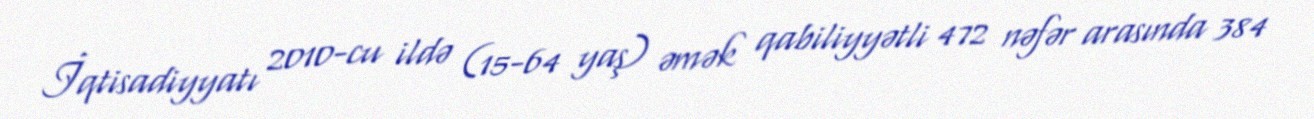
İqtisadiyyatı 2010-cu ildə (15-64 yaş) əmək qabiliyyətli 472 nəfər arasında 384